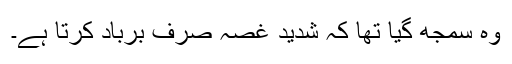
وہ سمجھ گیا تھا کہ شدید غصہ صرف برباد کرتا ہے۔